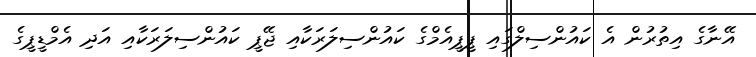
އޭނާގެ އިތުރުން އެ ކައުންސިލްގައި ޕީޕީއެމްގެ ކައުންސިލަރަކާއި ޖޭޕީ ކައުންސިލަރަކާއި އަދި އެމްޑީޕީގެ